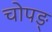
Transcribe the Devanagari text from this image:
चोपङ्